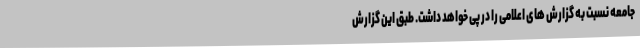
جامعه نسبت به گزارش های اعلامی را در پی خواهد داشت. طبق این گزارش